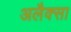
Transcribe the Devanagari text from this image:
अलैक्सा